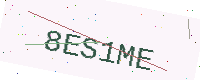
Text: 8ES1ME